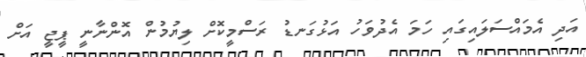
އަދި އެމައްސަލައިގައި ހަމަ އެދުވަހު އަޅުގަނޑު ރަސްމީކޮށް ލިޔުމުން އޮންނާނީ ޕީޖީ އަށް